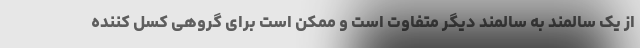
از یک سالمند به سالمند دیگر متفاوت است و ممکن است برای گروهی کسل کننده